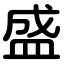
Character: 盛